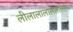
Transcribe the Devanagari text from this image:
लीलालालाललालल।